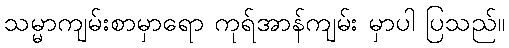
သမ္မာကျမ်းစာမှာရော ကုရ်အာန်ကျမ်း မှာပါ ပြသည်။